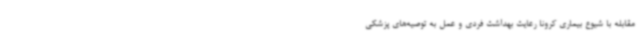
مقابله با شیوع بیماری کرونا رعایت بهداشت فردی و عمل به توصیه‌های پزشکی